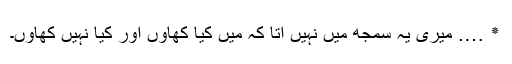
٭ …. میری یہ سمجھ میں نہیں آتا کہ میں کیا کھاؤں اور کیا نہیں کھاؤں۔